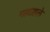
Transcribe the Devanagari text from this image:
मल्लाहले